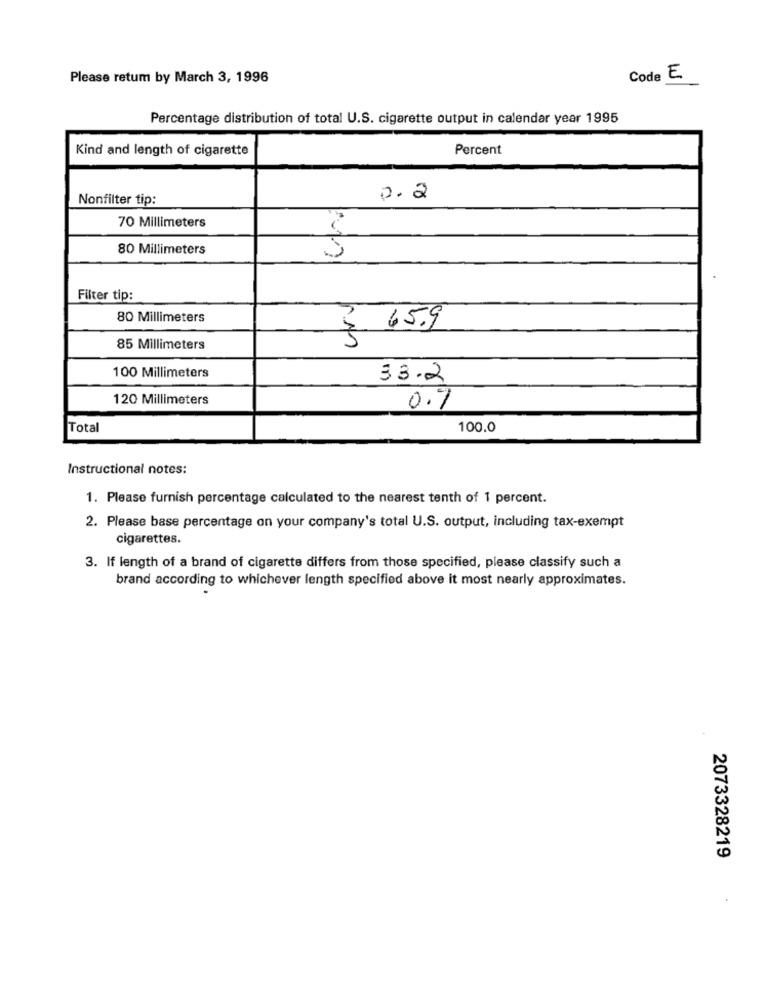
Please retum by March 3, 1996
Code E.
Percentage distribution of total U.S. cigarette output in calendar year 1995
Kind and length of cigarette
Percent
Nonfilter tip:
0.2
70 Millimeters
80 Millimeters
Filter tip:
80 Millimeters
65.9
85 Millimeters
100 Millimeters
33.2
120 Millimeters
0.7
Total
100.0
Instructional notes:
1. Please furnish percentage calculated to the nearest tenth of 1 percent.
2. Please base percentage on your company's total U.S. output, including tax-exempt
cigarettes.
3. If length of a brand of cigarette differs from those specified, please classify such a
brand according to whichever length specified above it most nearly approximates.
2073328219